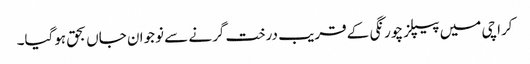
کراچی میں پیپلز چورنگی کے قریب درخت گرنے سے نوجوان جاں بحق ہوگیا۔